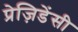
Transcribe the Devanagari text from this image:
प्रेज़िडेंसी